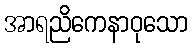
အာရညိကေနာဝုသော